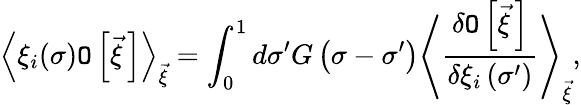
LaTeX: \left<\xi_{i}(\sigma){\cal\mathtt{O}}\left[\vec{{\xi}}{\, }\right]\right>_{\vec{{\xi}}}=\int_{0}^{1}d\sigma^{\prime}G\left(\sigma-\sigma^{\prime}\right)\left<\frac{{\delta{\cal\mathtt{O}}\left[\vec{{\xi}}{\, }\right]}}{{\delta\xi_{i}\left(\sigma^{\prime}\right)}}\right>_{\vec{{\xi}}},